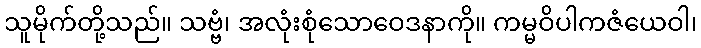
သူမိုက်တို့သည်။ သဗ္ဗံ၊ အလုံးစုံသောဝေဒနာကို။ ကမ္မဝိပါကဇံယေဝါ၊